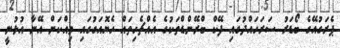
ޕެރަގުއޭގެ ބޯޑަރު ސަރަހައްދުގައި ފޭކް ބްރޭންޑްތަކުގެ އެއްޗެހިތައް ހެޔޮއަގުގައި ވިއްކަން އޭނާ އުޅުނީ